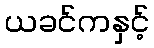
ယခင်ကနှင့်